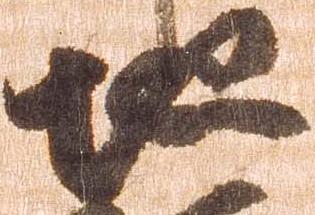
地